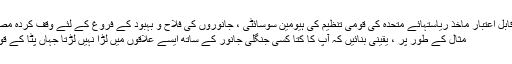
[10] ایکس قابل اعتبار ماخذ ریاستہائے متحدہ کی قومی تنظیم کی ہیومین سوسائٹی ، جانوروں کی فلاح و بہبود کے فروغ کے لئے وقف کردہ مصدر پر جائیں
مثال کے طور پر ، یقینی بنائیں کہ آپ کا کتا کسی جنگلی جانور کے ساتھ ایسے علاقوں میں لڑا نہیں لڑتا جہاں پٹا کے قوانین نافذ ہیں۔